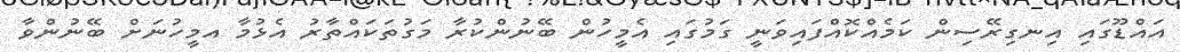
އައްޑޫގައި އިނގިރޭސިން ކަމެއްކޮއްފައިވަނީ ގަމުގައި އެމީހުން ބޭނުންކުރާ މަގުތަކައްތާރު އެޅުމާ އމީހުނަށް ބޭނުންވާ